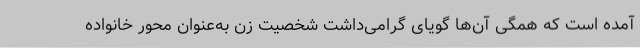
آمده است که همگی آن‌ها گویای گرامی‌داشت شخصیت زن به‌عنوان محور خانواده